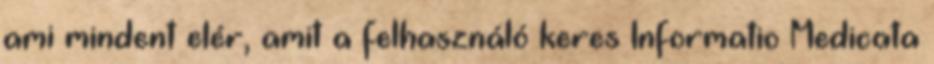
ami mindent elér, amit a felhasználó keres Informatio Medicata